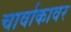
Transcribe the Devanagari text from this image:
चार्वाकावर